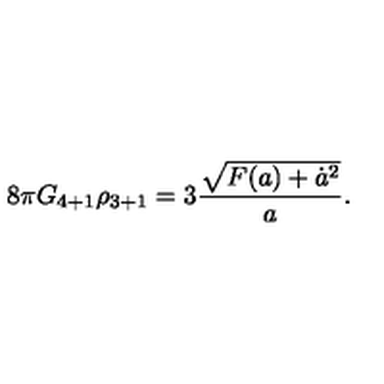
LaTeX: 8 \pi G _ { 4 + 1 } \rho _ { 3 + 1 } = 3 { \frac { \sqrt { F ( a ) + \dot { a } ^ { 2 } } } { a } } .